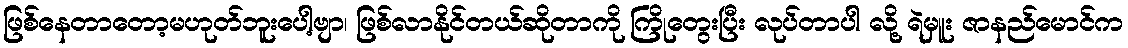
ဖြစ်နေတာတော့မဟုတ်ဘူးပေါ့ဗျာ၊ ဖြစ်လာနိုင်တယ်ဆိုတာကို ကြိုတွေးပြီး လုပ်တာပါ လို့ ရဲမှူး ဇာနည်မောင်က